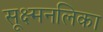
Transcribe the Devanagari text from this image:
सूक्ष्मनलिका